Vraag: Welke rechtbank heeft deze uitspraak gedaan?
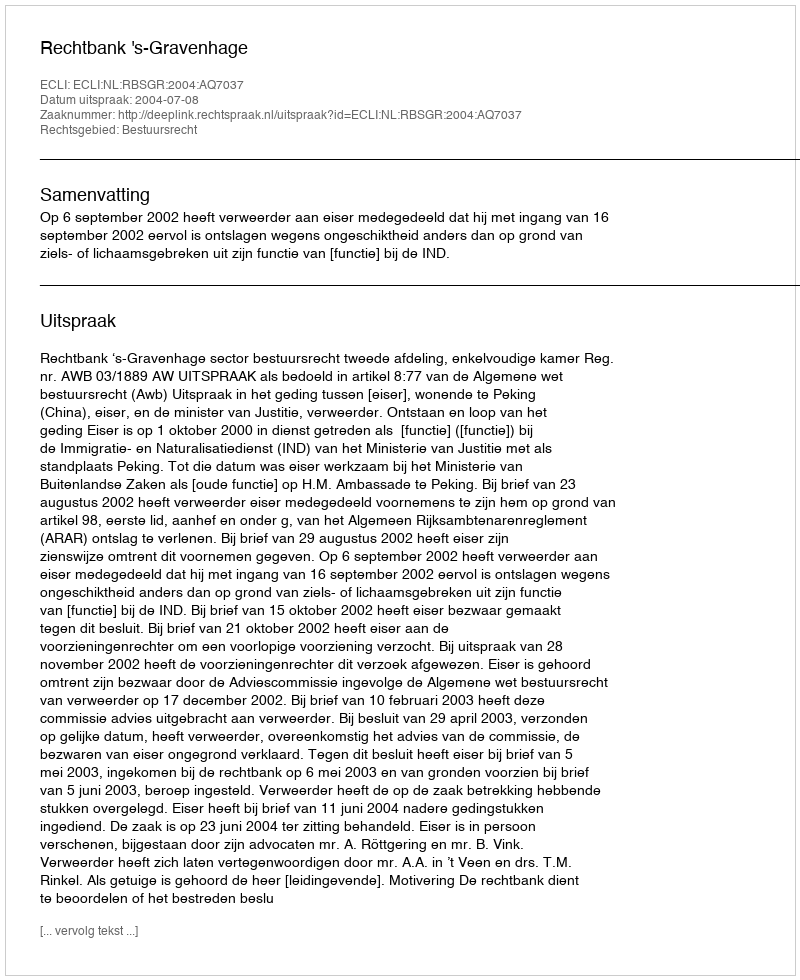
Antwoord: Rechtbank 's-Gravenhage